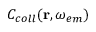
C _ { c o l l } ( \mathbf { r } , \omega _ { e m } )